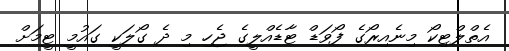
އެތްލްޓިކޯ މިނެއިރޯގެ ފޯވަޑް ޓާޑެއްލީގެ ޖެހި މި ދެ ގޯލަކީ ގައުމީ ޓީމަށް